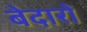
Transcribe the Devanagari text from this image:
बेदारों